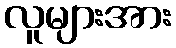
လူများအား